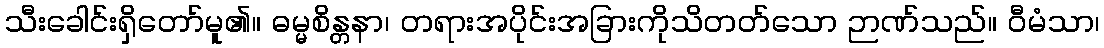
သီးခေါင်းရှိတော်မူ၏။ ဓမ္မစိန္တနာ၊ တရားအပိုင်းအခြားကိုသိတတ်သော ဉာဏ်သည်။ ဝီမံသာ၊